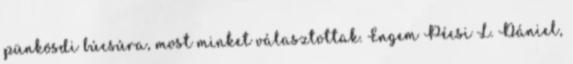
pünkösdi búcsúra, most minket választottak. Engem Pécsi L. Dániel,